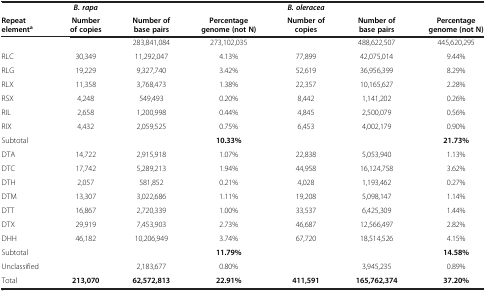
<table><thead><tr><td><b> </b></td><td><b><i>B. rapa</i></b></td><td><b> </b></td><td><b> </b></td><td><b><i>B. oleracea</i></b></td><td><b> </b></td><td><b> </b></td></tr><tr><td><b>Repeat element<sup>a</sup></b></td><td><b>Number of copies</b></td><td><b>Number of base pairs</b></td><td><b>Percentage genome (not N)</b></td><td><b>Number of copies</b></td><td><b>Number of base pairs</b></td><td><b>Percentage genome (not N)</b></td></tr></thead><tbody><tr><td> </td><td> </td><td>283,841,084</td><td>273,102,035</td><td> </td><td>488,622,507</td><td>445,620,295</td></tr><tr><td>RLC</td><td>30,349</td><td>11,292,047</td><td>4.13%</td><td>77,899</td><td>42,075,014</td><td>9.44%</td></tr><tr><td>RLG</td><td>19,229</td><td>9,327,740</td><td>3.42%</td><td>52,619</td><td>36,956,399</td><td>8.29%</td></tr><tr><td>RLX</td><td>11,358</td><td>3,768,473</td><td>1.38%</td><td>22,357</td><td>10,165,627</td><td>2.28%</td></tr><tr><td>RSX</td><td>4,248</td><td>549,493</td><td>0.20%</td><td>8,442</td><td>1,141,202</td><td>0.26%</td></tr><tr><td>RIL</td><td>2,658</td><td>1,200,998</td><td>0.44%</td><td>4,845</td><td>2,500,079</td><td>0.56%</td></tr><tr><td>RIX</td><td>4,432</td><td>2,059,525</td><td>0.75%</td><td>6,453</td><td>4,002,179</td><td>0.90%</td></tr><tr><td>Subtotal</td><td> </td><td> </td><td><b>10.33%</b></td><td> </td><td> </td><td><b>21.73%</b></td></tr><tr><td>DTA</td><td>14,722</td><td>2,915,918</td><td>1.07%</td><td>22,838</td><td>5,053,940</td><td>1.13%</td></tr><tr><td>DTC</td><td>17,742</td><td>5,289,213</td><td>1.94%</td><td>44,958</td><td>16,124,758</td><td>3.62%</td></tr><tr><td>DTH</td><td>2,057</td><td>581,852</td><td>0.21%</td><td>4,028</td><td>1,193,462</td><td>0.27%</td></tr><tr><td>DTM</td><td>13,307</td><td>3,022,686</td><td>1.11%</td><td>19,208</td><td>5,098,147</td><td>1.14%</td></tr><tr><td>DTT</td><td>16,867</td><td>2,720,339</td><td>1.00%</td><td>33,537</td><td>6,425,309</td><td>1.44%</td></tr><tr><td>DTX</td><td>29,919</td><td>7,453,903</td><td>2.73%</td><td>46,687</td><td>12,566,497</td><td>2.82%</td></tr><tr><td>DHH</td><td>46,182</td><td>10,206,949</td><td>3.74%</td><td>67,720</td><td>18,514,526</td><td>4.15%</td></tr><tr><td>Subtotal</td><td> </td><td> </td><td><b>11.79%</b></td><td> </td><td> </td><td><b>14.58%</b></td></tr><tr><td>Unclassified</td><td> </td><td>2,183,677</td><td>0.80%</td><td> </td><td>3,945,235</td><td>0.89%</td></tr><tr><td>Total</td><td><b>213,070</b></td><td><b>62,572,813</b></td><td><b>22.91%</b></td><td><b>411,591</b></td><td><b>165,762,374</b></td><td><b>37.20%</b></td></tr></tbody></table>